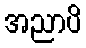
အညာပိ